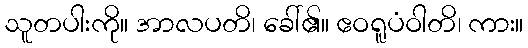
သူတပါးကို။ အာလပတိ၊ ခေါ်၏။ ဧဝရူပံဝါတိ၊ ကား။